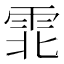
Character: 𫕡